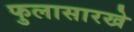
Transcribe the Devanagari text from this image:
फुलासारखे